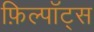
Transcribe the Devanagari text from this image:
फ़िल्पॉट्स